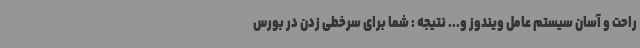
راحت و آسان سیستم عامل ویندوز و... نتیجه : شما برای سرخطی زدن در بورس